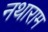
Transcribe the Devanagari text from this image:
नथाराम